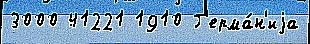
3000 41221 1910 Г'ерма́н'иjа